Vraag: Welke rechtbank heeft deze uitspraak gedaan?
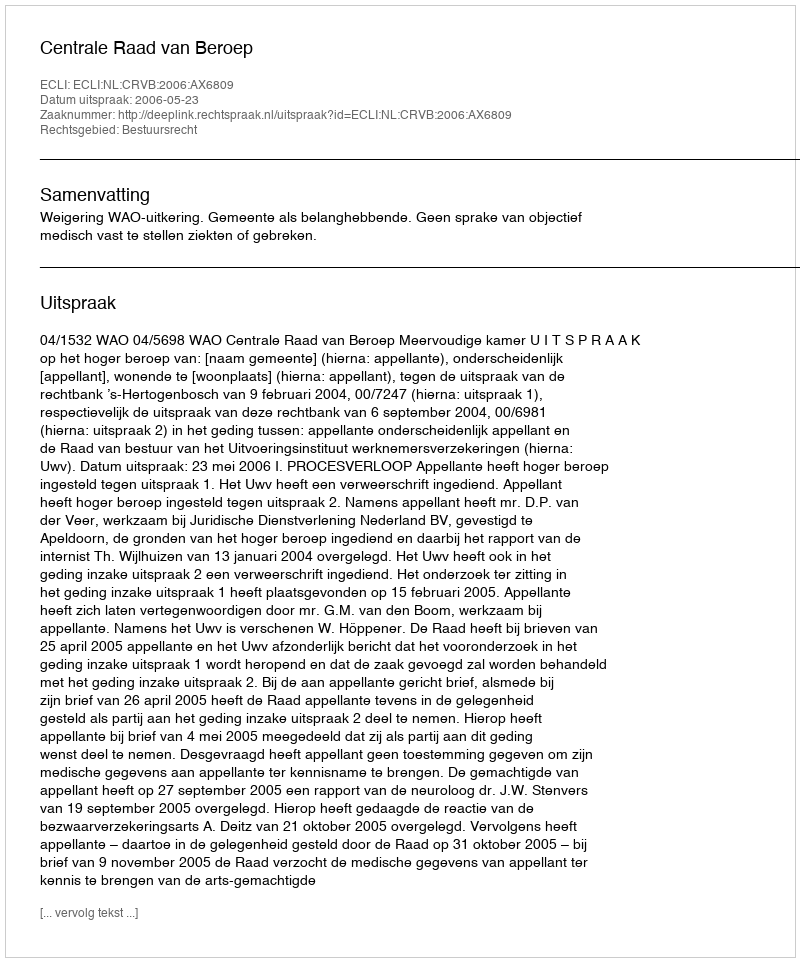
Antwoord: Centrale Raad van Beroep